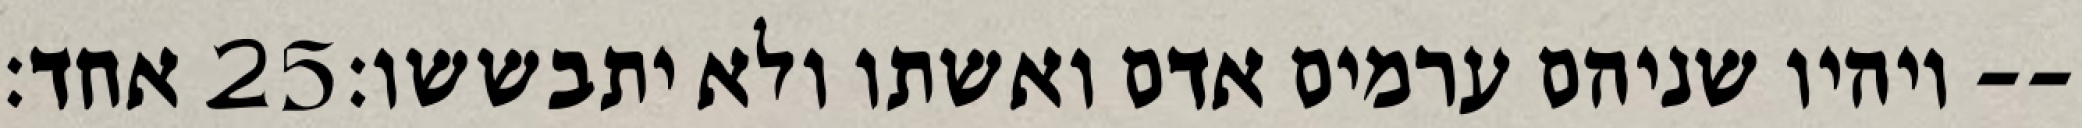
אחד׃ ‎25‏ ויהיו שניהם ערמים אדם ואשתו ולא יתבששו׃--